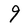
Character: 9